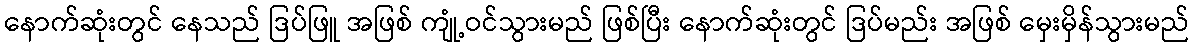
နောက်ဆုံးတွင် နေသည် ဒြပ်ဖြူ အဖြစ် ကျုံ့ဝင်သွားမည် ဖြစ်ပြီး နောက်ဆုံးတွင် ဒြပ်မည်း အဖြစ် မှေးမှိန်သွားမည်